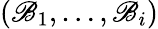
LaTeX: (\mathscr{B}_{1},\dots,\mathscr{B}_{i})